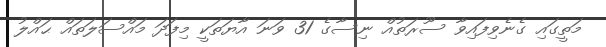
މަތީގައި ގެނެވިފައިވާ ސޫރަތުއް ނިސާގެ 31 ވަނަ އާޔަތަކީ މިފަދަ މައްސަލަތައް ޙައްލު